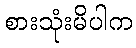
စားသုံးမိပါက